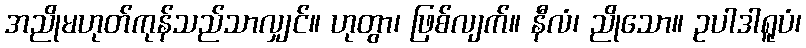
အညိုမဟုတ်ကုန်သည်သာလျှင်။ ဟုတွာ၊ ဖြစ်လျက်။ နီလံ၊ ညိုသော။ ဥပါဒါရူပံ၊